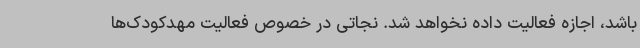
باشد، اجازه فعالیت داده نخواهد شد. نجاتی در خصوص فعالیت مهدکودک‌ها